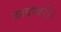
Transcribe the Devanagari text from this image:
कादम्बरी।